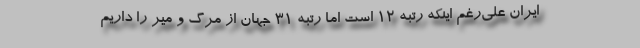
ایران علی‌رغم اینکه رتبه 12 است اما رتبه 31 جهان از مرگ و میر را داریم